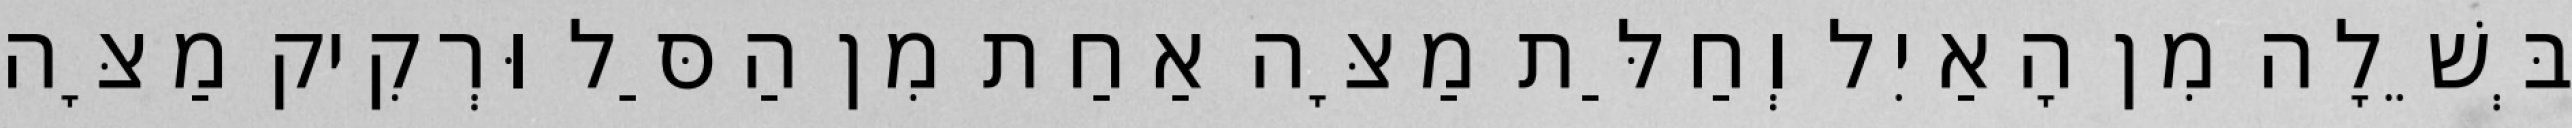
בְּשֵׁלָה מִן הָאַיִל וְחַלַּת מַצָּה אַחַת מִן הַסַּל וּרְקִיק מַצָּה